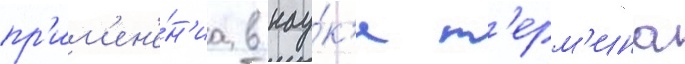
пр'им'ен'е́н'иа в нау́к'е т'ерм'ина